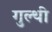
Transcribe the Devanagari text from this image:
गुल्थी